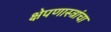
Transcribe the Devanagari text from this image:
क्षेपणास्त्रांचा